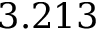
3 . 2 1 3